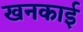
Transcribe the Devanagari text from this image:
खनकाई